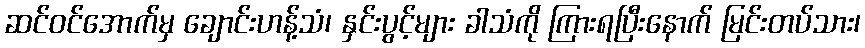
ဆင်ဝင်အောက်မှ ချောင်းဟန့်သံ၊ နှင်းပွင့်များ ခါသံကို ကြားရပြီးနောက် မြင်းတပ်သား၊